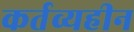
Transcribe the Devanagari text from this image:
कर्तव्यहीन